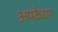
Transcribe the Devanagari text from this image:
अपकेद्रण